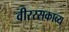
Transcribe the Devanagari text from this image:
वीररसकाव्य